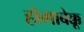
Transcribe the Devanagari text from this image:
होगाबेक्कू